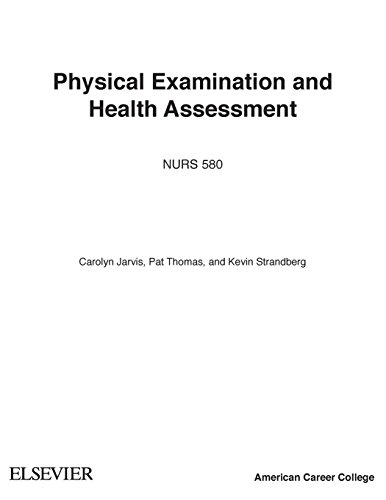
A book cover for Physical Examination and Health Assessment, 6th Edition; Carolyn Jarvis; Medical Books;